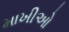
માખીઓ